Report on vaccination in Madras 1877-1894 - 1877-1894
Year: 1877
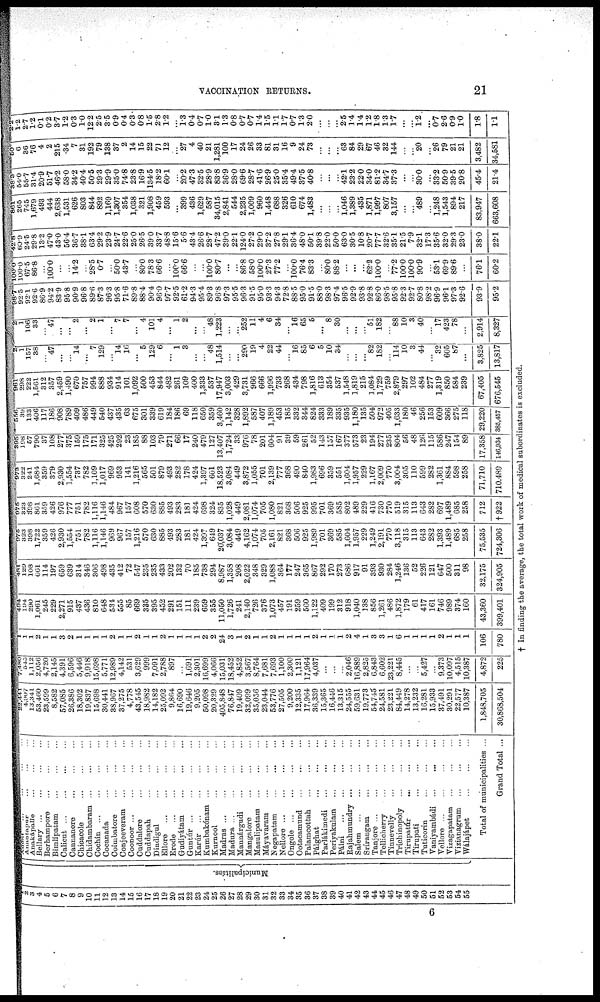
VACCINATION RETURNS.
21
1
2
3
4
5
6
7
8
9
10
11
12
13
14
15
16
17
18
19
20
21
22
23
24
25
26
27
28
29
30
31
32
33
34
35
36
37
38
39
40
41
42
43
44
45
46
47
48
49
50
51
52
53
54
55
Municipalities.
Adóni
...
...
...
...
Anantapur ... ... ...
Anakápalle ... ... ...
Bellary ... ... ...
Berhampore ... ... ...
Bimlipatam ... ... ...
Calicut
...
...
...
...
Cannanore
...
...
...
Chicacole ... ... ...
Chidambaram
...
...
...
Cochin ... ... ... ...
Cocanada ... ... ...
Coimbatore ... ... ...
Conjeeveram ... ... ...
Coonoor ... ... ... ...
Caddalore ... ... ...
Cuddapah ... ... ...
Dindigul ... ... ...
Ellore
...
...
...
...
Erode
...
...
...
...
Gudiyátam
...
...
...
Guntúr
...
...
...
...
Karúr
...
...
...
...
Kumbakónam ... ... ...
Kurnool
...
...
...
Madras
...
...
...
Madura
...
...
...
Mannárgudi ... ... ...
Mangalore ... ... ...
Masulipatam ... ... ...
Máyavaram
...
...
...
Negapatam
...
...
...
Nellore ... ... ... ...
Ongole
...
...
...
Ootacamund ... ... ...
Palamcottah ... ... ...
Pálghat ... ... ...
Parlákimedi ... ... ...
Periyakulam
...
...
...
Pálni
...
...
...
...
Rajahmundry
...
...
...
Salem
...
...
...
...
Srírangam
...
...
...
...
Tanjore
...
...
...
Tellicherry ... ... ...
Tinnevelly ... ... ...
Trichinopoly
...
...
...
Tirupatúr
... ... ...
Tirupati
...
...
...
Tuticorin ... ... ...
Vaniyambádi
...
...
...
Vellore
...
...
...
...
Vizagapatam ... ... ...
Vizianagrum ... ... ...
Wálajápet
...
...
...
Total of municipalities ...
Grand Total ...
22,441
4,907
13,341
53,460
23,599
8,582
57,085
26,386
18,302
19,837
15,698
30,441
38,967
37,275
4,778
43,545
18,982
14,182
25,092
9,864
16,690
19,646
9,205
50,098
20,329
405,848
76,847
19,409
32,099
35,056
23,044
53,776
27,505
9,200
12,335
17,964
36,339
15,365
16,446
13,315
24,555
59,631
19,773
54,745
24,581
23,221
84,449
14,278
13,232
16,281
15,933
37,491
30,291
22,577
10,387
1,848,705
30,868,504
7,480
545
1,112
2,056
4,720
2,145
4,391
6,596
5,446
9,918
15,698
5,771
12,989
4,142
531
3,629
999
7,091
2,788
897
...
1,691
2,301
16,699
4,066
15,031
18,452
4,852
3,567
8,764
7,681
7,693
1,100
2,300
1,121
17,964
4,037
...
...
...
2,046
16,889
2,825
6,843
6,602
23,221
8,445
...
...
5,427
...
9,373
10,097
4,515
10,387
4,872
225
1
1
1
2
1
1
3
2
1
1
1
1
2
1
1
2
1
1
2
1
1
1
1
2
2
24
3
1
2
1
1
2
1
1
1
1
2
1
1
1
2
4
1
3
3
1
6
1
1
1
1
2
1
1
1
106
780
494
194
290
1,061
245
229
2,271
915
437
436
810
648
534
555
85
669
335
395
452
291
151
111
239
659
355
11,050
1,726
241
2,140
726
376
1,073
457
191
259
560
1,122
409
199
312
918
1,040
138
856
1,261
486
1,872
179
61
417
161
746
989
374
160
43,360
399,401
481
129
108
661
114
197
659
639
314
346
306
498
435
412
72
547
235
235
433
202
132
70
185
738
294
8,987
1,358
208
2,022
348
329
1,088
364
177
247
365
867
292
170
273
686
917
91
393
930
284
1,246
136
52
226
121
647
500
811
98
32,175
324,905
975
323
398
1,722
359
426
2,930
1,554
751
782
1,116
1,146
969
967
157
1,216
570
630
885
493
283
181
424
1,397
649
20,037
3,084
449
4,162
1,074
705
2,161
821
368
506
925
1,989
701
369
585
1,604
1,957
229
1,249
2,191
770
3,118
315
113
643
282
1,393
1,489
685
258
75,535
724,306
975
323
398
861
359
426
976
777
751
782
1,116
1,146
484
967
157
608
570
630
885
493
283
181
424
698
324
835
1,028
449
2,081
1,074
705
1,080
821
368
506
925
995
701
369
585
802
489
229
416
730
770
519
315
113
643
282
697
1,489
685
258
712
†922
973
322
241
1,684
359
379
2,930
1,554
737
782
1,109
1,017
969
953
141
1,216
565
501
879
493
282
178
424
1,397
601
18,523
3,084
449
3,872
1,055
701
2,139
777
368
490
840
1,983
696
359
551
1,604
1,957
229
1,167
2,009
770
3,004
305
110
599
282
1,361
884
598
258
71,710
710,489
395
108
57
790
37
108
277
375
159
175
171
325
425
292
23
185
88
103
79
271
66
17
240
479
127
13,407
1,724
33
976
78
201
604
91
39
59
261
52
143
157
167
377
573
23
194
277
235
804
56
48
126
115
586
247
154
89
17,358
146,034
556
39
133
406
117
186
908
789
409
486
449
540
437
435
63
675
301
339
619
184
186
69
118
650
359
3,460
1,142
328
1,892
587
407
1,189
453
185
332
844
824
333
189
335
935
1,180
135
504
972
405
1,633
180
46
256
153
609
366
275
118
29,220
386,457
961
298
222
1,561
312
357
2,459
1,490
670
757
994
888
934
914
101
1,092
500
453
844
482
261
109
400
1,333
537
17,947
3,003
429
3,731
966
666
1,996
733
268
434
798
1,816
613
354
537
1,548
1,819
215
1,084
1,729
759
2,879
297
102
484
277
1,319
850
584
239
67,405
676,545
2
1
157
38
...
47
...
...
14
...
7
129
...
14
16
...
5
129
6
...
1
3
...
...
48
1,514
...
...
290
19
4
22
44
...
16
85
6
5
10
34
...
...
...
82
182
...
114
10
3
44
...
32
605
87
...
3,825
13,817
2
1
106
33
...
47
...
...
2
...
2
1
...
7
7
...
4
101
4
...
1
2
...
...
48
1,223
...
...
252
11
4
6
34
...
16
65
5
...
8
30
...
...
...
51
182
...
88
10
3
40
...
17
423
78
...
2,914
8,327
98.7
92.5
92.1
92.6
86.9
94.2
83.9
95.8
90.9
96.8
89.6
87.3
96.3
95.8
71.6
89.8
88.4
90.4
96.0
97.7
92.5
61.2
94.3
95.4
89.3
96.8
97.3
95.5
96.3
91.5
95.0
93.3
94.3
72.8
88.5
95.0
91.5
88.0
98.3
97.4
96.5
92.9
93.8
92.8
86.0
98.5
95.8
92.3
92.7
80.8
98.2
96.9
96.1
97.3
92.6
93.9
95.2
100.0
100.0
67.5
86.8
...
100.0
...
...
14.2
...
28.5
0.7
...
50.0
43.7
...
80.0
78.3
66.6
...
100.0
66.6
...
...
100.0
80.7
...
...
86.8
58.0
100.0
27.3
77.2
...
100.0
76.4
83.3
...
80.0
88.2
...
...
...
62.2
100.0
...
77.2
100.0
100.0
90.9
...
53.1
69.9
89.6
...
76.1
60.2
42.8
60.0
24.5
29.8
13.2
47.0
43.0
56.4
36.7
38.1
63.4
29.2
23.9
24.7
22.6
25.0
26.5
39.0
33.7
48.8
15.6
5.6
43.4
26.6
28.7
47.2
39.0
22.1
124.0
27.2
29.0
37.2
27.8
29.1
36.4
48.0
50.1
39.8
22.0
50.0
63.0
30.5
10.8
20.7
77.7
32.6
35.1
21.5
7.9
32.1
17.3
35.6
32.0
29.3
23.0
38.0
22.1
861
265
745
1,679
493
444
2,638
1,531
626
803
844
892
1,169
1,307
354
1,038
321
1,908
459
593
...
399
436
1,629
587
34,015
2,841
544
2,235
1,009
960
1,448
688
326
610
674
1,483
...
...
...
1,046
1,389
435
1,871
1,997
807
3,157
...
...
489
...
1,248
1,543
894
217
83,947
663,608
38.3
54.0
55.7
31.4
20.9
51.7
46.2
58.0
34.2
40.4
50.5
29.3
29.9
35.0
74.8
23.8
16.9
134.5
18.2
60.1
...
20.2
47.3
32.5
28.9
83.8
36.9
28.0
69.6
28.7
41.6
26.9
25.0
35.4
49.4
37.5
40.8
...
...
...
42.1
23.2
22.0
34.0
81.2
34.7
37.3
...
...
30.0
...
33.2
50.9
39.5
20.8
45.4
21.4
50
6 36
76
4
2
215
.34
7
31
192
79
138
37
2
14
15
22
71
12
...
27
4
40
21
1,281
100
17
24
26
33
81
31
16
9
24
73
...
...
...
63
84
29
67
46
32
144
...
...
20
...
26
79
21
21
3,482
34,581
2.2
1.2 2.7
1.2
0.1
0.2
3.7
1.2
0.3
1.0
12.2
2.5
3.5
0.9
0.4
0.3
0.8
1.5
2.8
1.2
...
1.3
0.4
0.7
1.0
3.1
1.3
0.8
0.7
0.7
1.4
1.5
1.1
1.7
0.7
1.3
2.0
...
...
...
2.5
1.4
1.4
1.2
1.8
1.3
1.7
...
...
1.2
...
0.7
2.6
0.9
1.0
1.8
1.1
† In finding the average, the total work of medical subordinates is excluded.
6